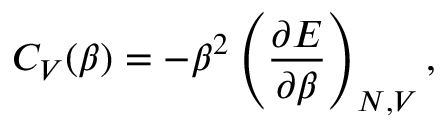
C _ { V } ( \beta ) = - \beta ^ { 2 } \left( \frac { \partial E } { \partial \beta } \right) _ { N , V } ,